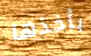
بأخذها